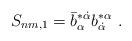
LaTeX: \begin{align*}S_{nm,1}= \bar b^{*\dot\alpha}_\alpha b^{*\alpha}_{\dot \alpha}\ . \end{align*}